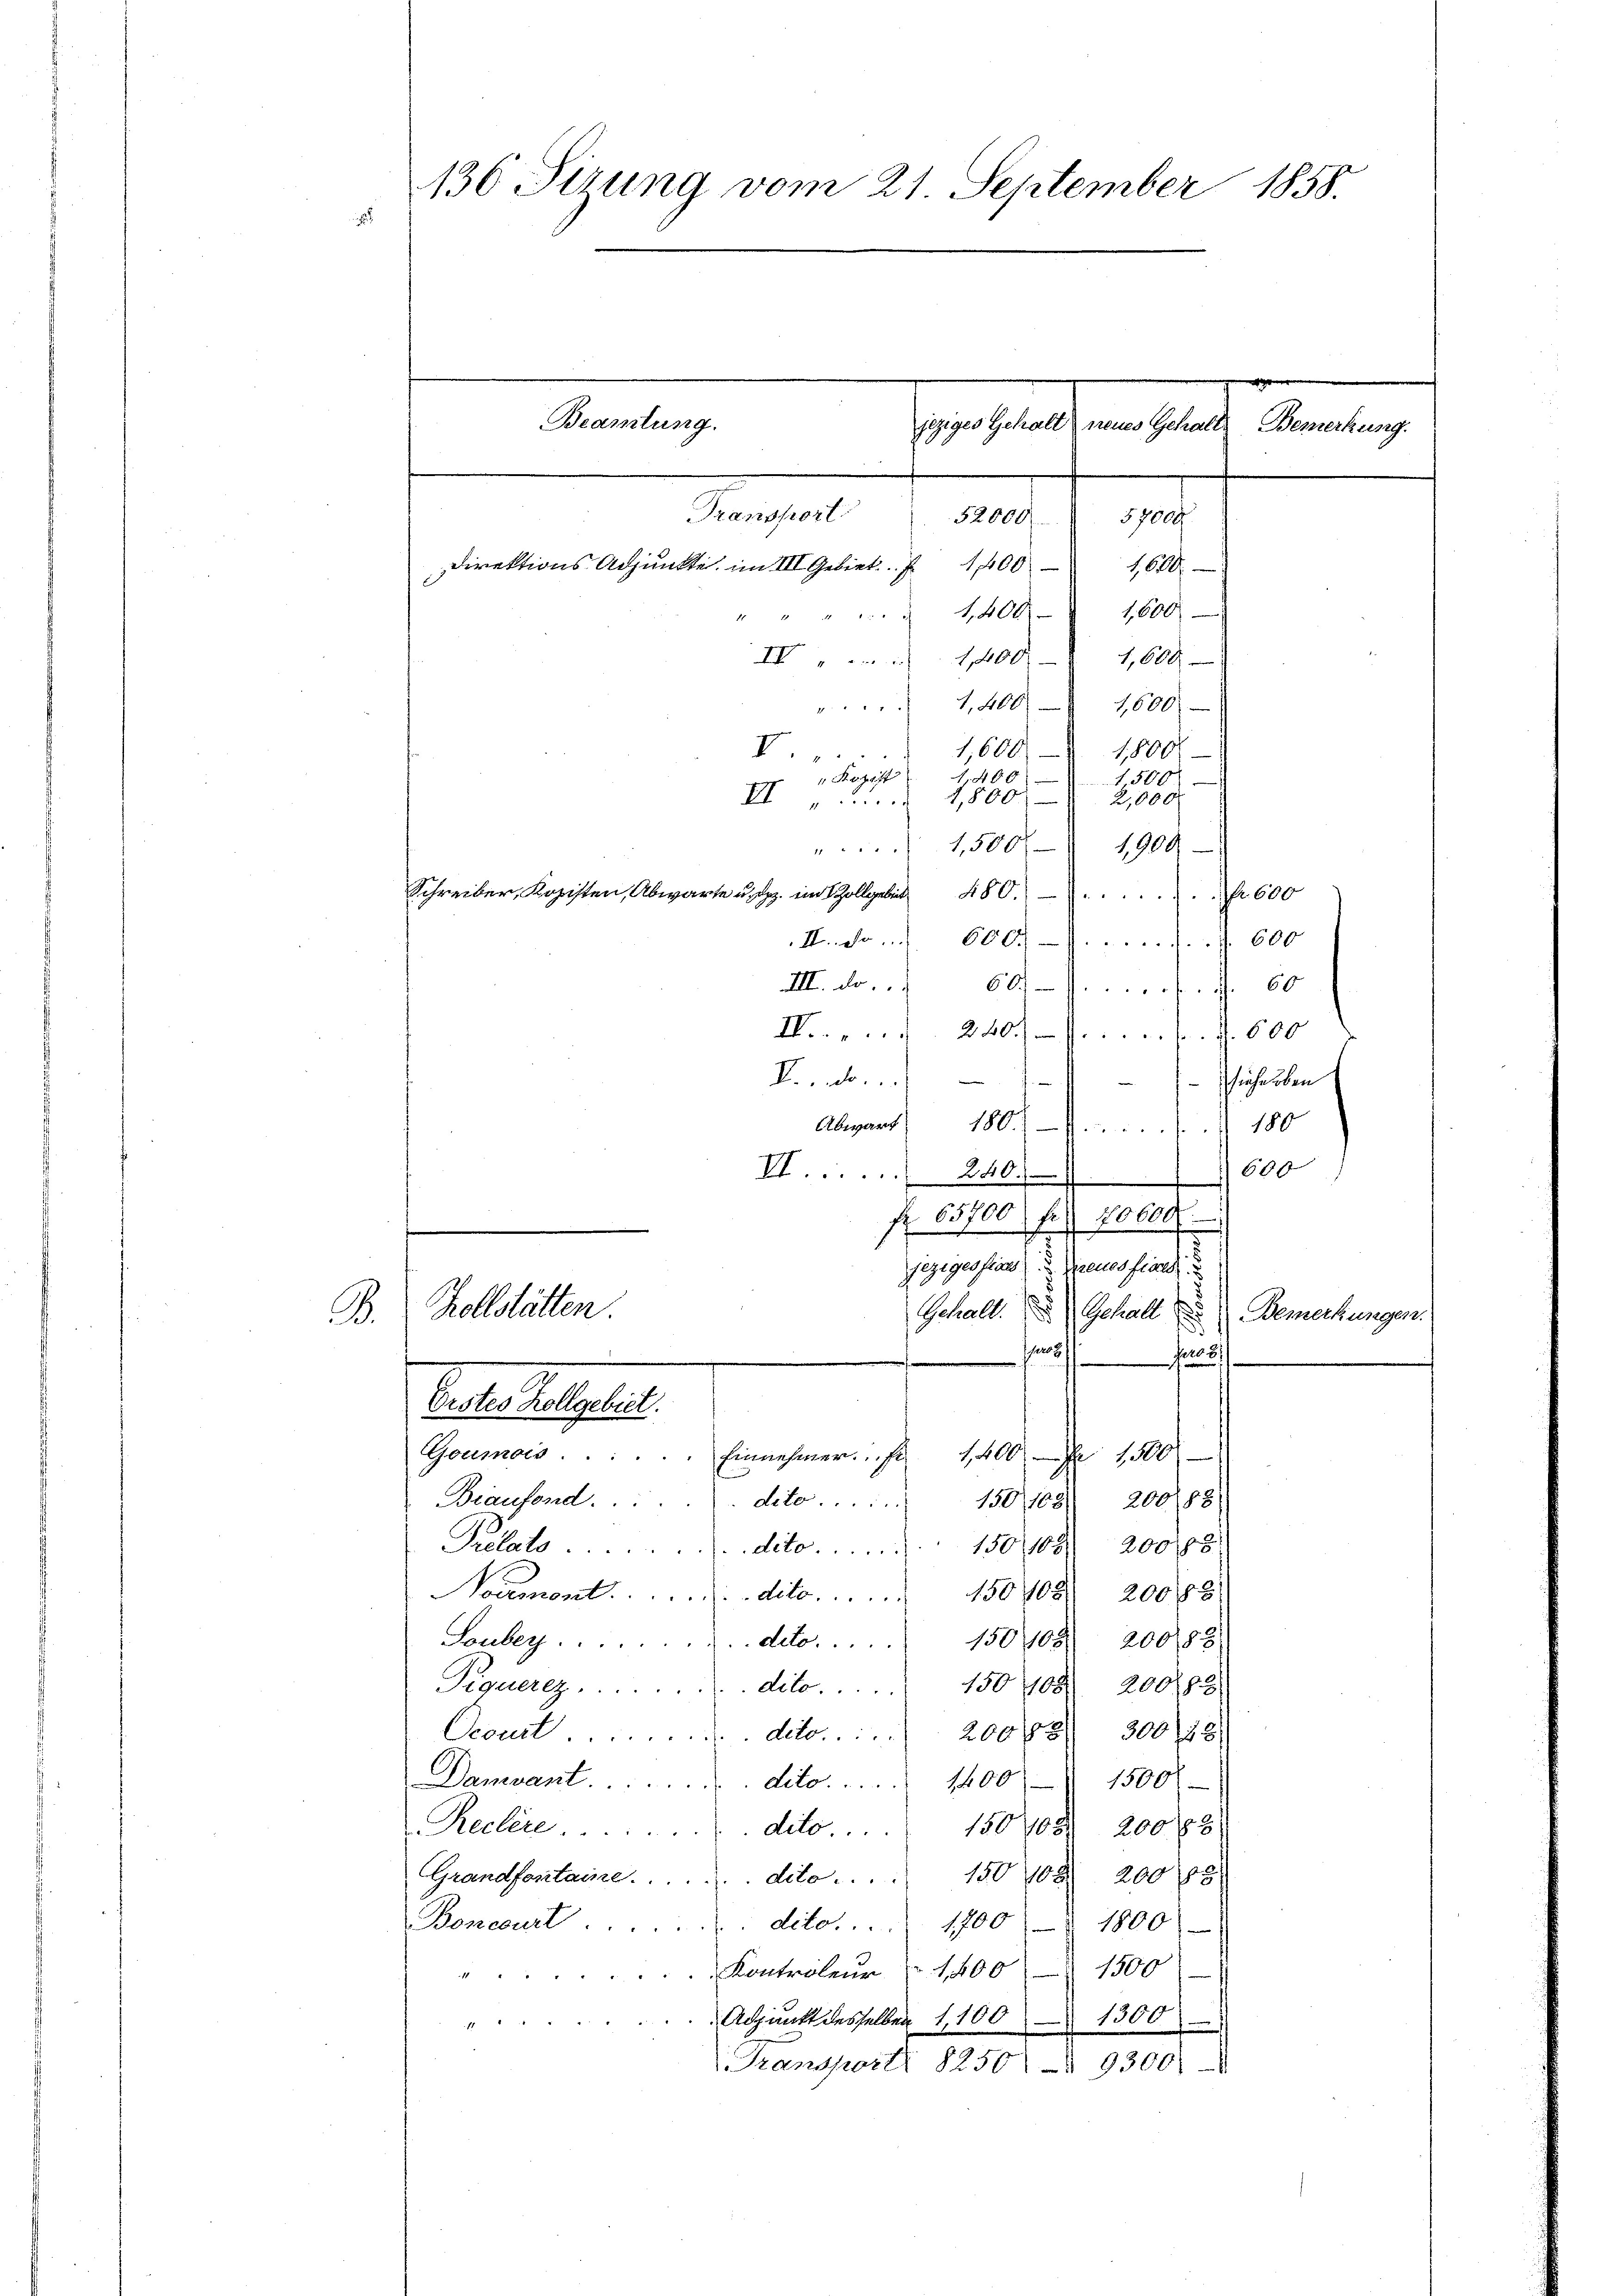
136 Sirung vom 21. September 1858.
2

1400. 1600
1,400. 1600.
IV ...... 1400 - 1,600
1,400
1,600.
1,600
1,800
V
"Kozak
1,400
1500
II
1,800 2,000
uch
1,500/
1,900
77 " " 4
Schreiber, Kopisten, Abwarte u. Dez. in 1 Zollgebiet
280.) - 7. Nr. 600
No. 600. 600
III. de
607 f. 1 60
....... 240 s. Z. 600
R. n.
hieherben
Abgang 180. 180
II... 240. 600
f 65700 fr 40000
jeziges frau) Neues finde
Zollstätten.
Gchalt. Gehalt Bemerkungen.
hur
8
.

Direktions Adjunkte im III Gebiet

Beamtung.
gevertheilt, eine Gelende Bemerkung
Drangen
ed. J. M.

2

.
Erstes Hollgebiet.
Goumois . . . . . . Einnehmer. f. 1400 f 1500

Biaufond.
130/1081 200/88)
dito.  .. ...
Prelats dito. 150 (108. 200 8
oermont . . . . . . . . . . ...dito. 150 108. 20088
Souber....
deto 150 108. 20088
dito. 150 108. 200183
Piquerez. ...
Ocourt dito. 2005 300/22
Damvant . . . . . . . . . . . dito. 1400
1500
Reclire.
dito. 150, 200 f 3
Grandfontaire. . . . . . . dito . . . 150 108. 200 85
Boneburt . . . . . . . dito. 1700 § 1800
1500
Kontroleur  1,400
1300.
Adpunkt desselben 1,100
7
Transport 8250 § 9300